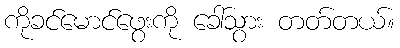
ကိုခင်မောင်ဖွေးကို ခေါ်သွား တတ်တယ်။